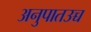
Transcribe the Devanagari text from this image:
अनुपातउच्च